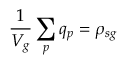
\frac { 1 } { V _ { g } } \sum _ { p } q _ { p } = \rho _ { s g }